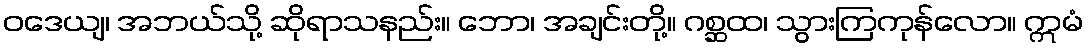
ဝဒေယျ၊ အဘယ်သို့ ဆိုရာသနည်း။ ဘော၊ အချင်းတို့။ ဂစ္ဆထ၊ သွားကြကုန်လော။ ဣမံ